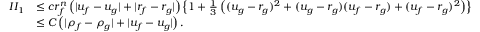
\begin{array} { r l } { I I _ { 1 } } & { \le c r _ { f } ^ { n } \left( | u _ { f } - u _ { g } | + | r _ { f } - r _ { g } | \right) \left\{ 1 + \frac 1 3 \left( ( u _ { g } - r _ { g } ) ^ { 2 } + ( u _ { g } - r _ { g } ) ( u _ { f } - r _ { g } ) + ( u _ { f } - r _ { g } ) ^ { 2 } \right) \right\} } \\ & { \le C \left( | \rho _ { f } - \rho _ { g } | + | u _ { f } - u _ { g } | \right) . } \end{array}